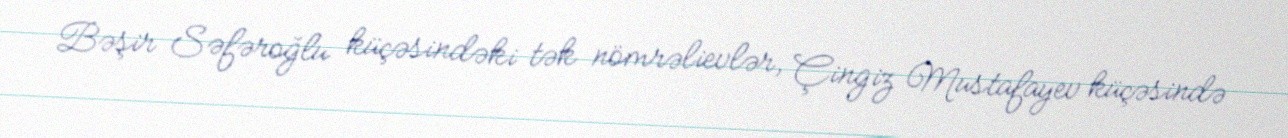
Bəşir Səfəroğlu küçəsindəki tək nömrəlievlər, Çingiz Mustafayev küçəsində